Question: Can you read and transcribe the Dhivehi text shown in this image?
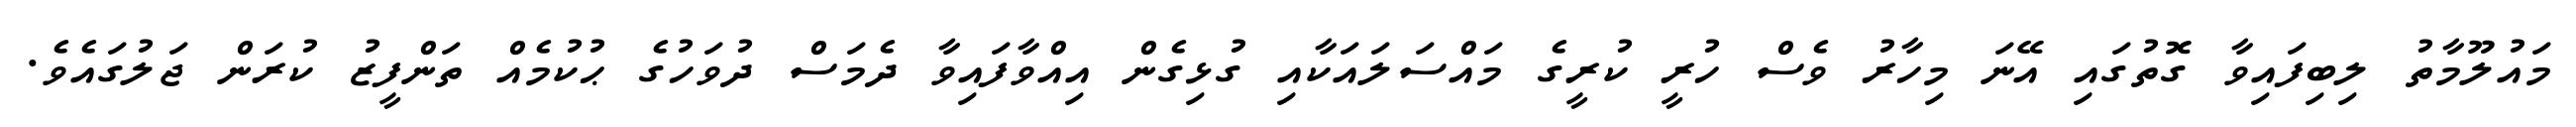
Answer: މައުލޫމާތު ލިބިފައިވާ ގޮތުގައި އޭނަ މިހާރު ވެސް ހުރީ ކުރީގެ މައްސަލައަކާއި ގުޅިގެން އިއްވާފައިވާ ދެމަސް ދުވަހުގެ ޙުކުމެއް ތަންފީޒު ކުރަން ޖަލުގައެވެ.